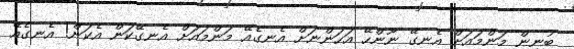
ބުނިން މަންމައަށް އެނގޭ ނޫންހޭ އަހަންނަށް އެނގެއޭ މަންމައަށް އެނގޭކަން އެކަން! އެނގެއޭ